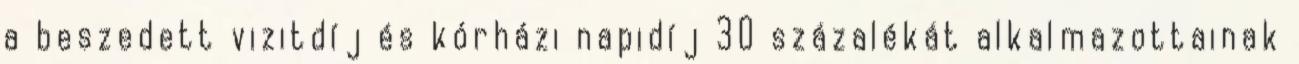
a beszedett vizitdíj és kórházi napidíj 30 százalékát alkalmazottainak